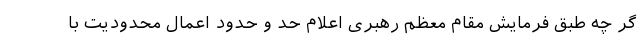
گر چه طبق فرمایش مقام معظم رهبری اعلام حد و حدود اعمال محدودیت با